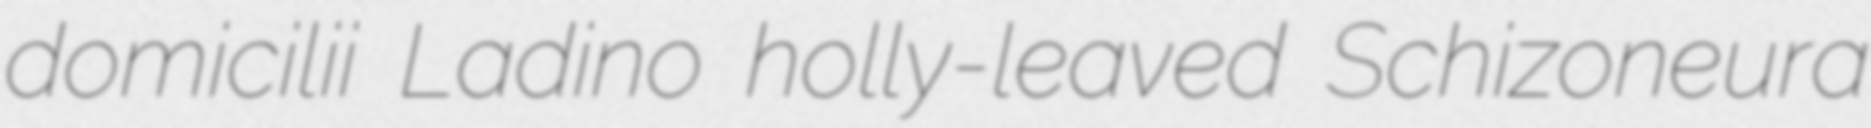
domicilii Ladino holly-leaved Schizoneura